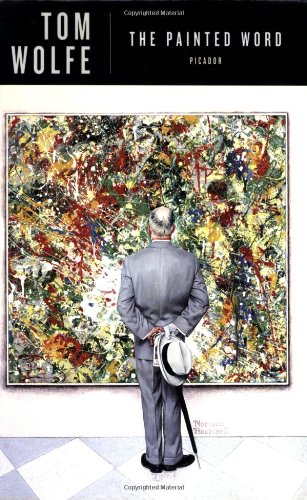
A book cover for The Painted Word; Tom Wolfe; Arts & Photography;